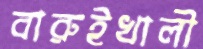
বারুইখালী